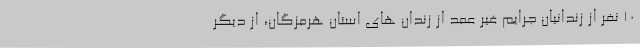
10 نفر از زندانیان جرایم غیر عمد از زندان های استان هرمزگان، از دیگر